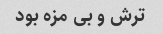
ترش و بی مزه بود